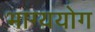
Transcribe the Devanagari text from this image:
भाग्ययोग